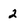
Character: 2